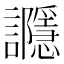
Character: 讔